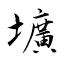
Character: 壙